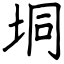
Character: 垌